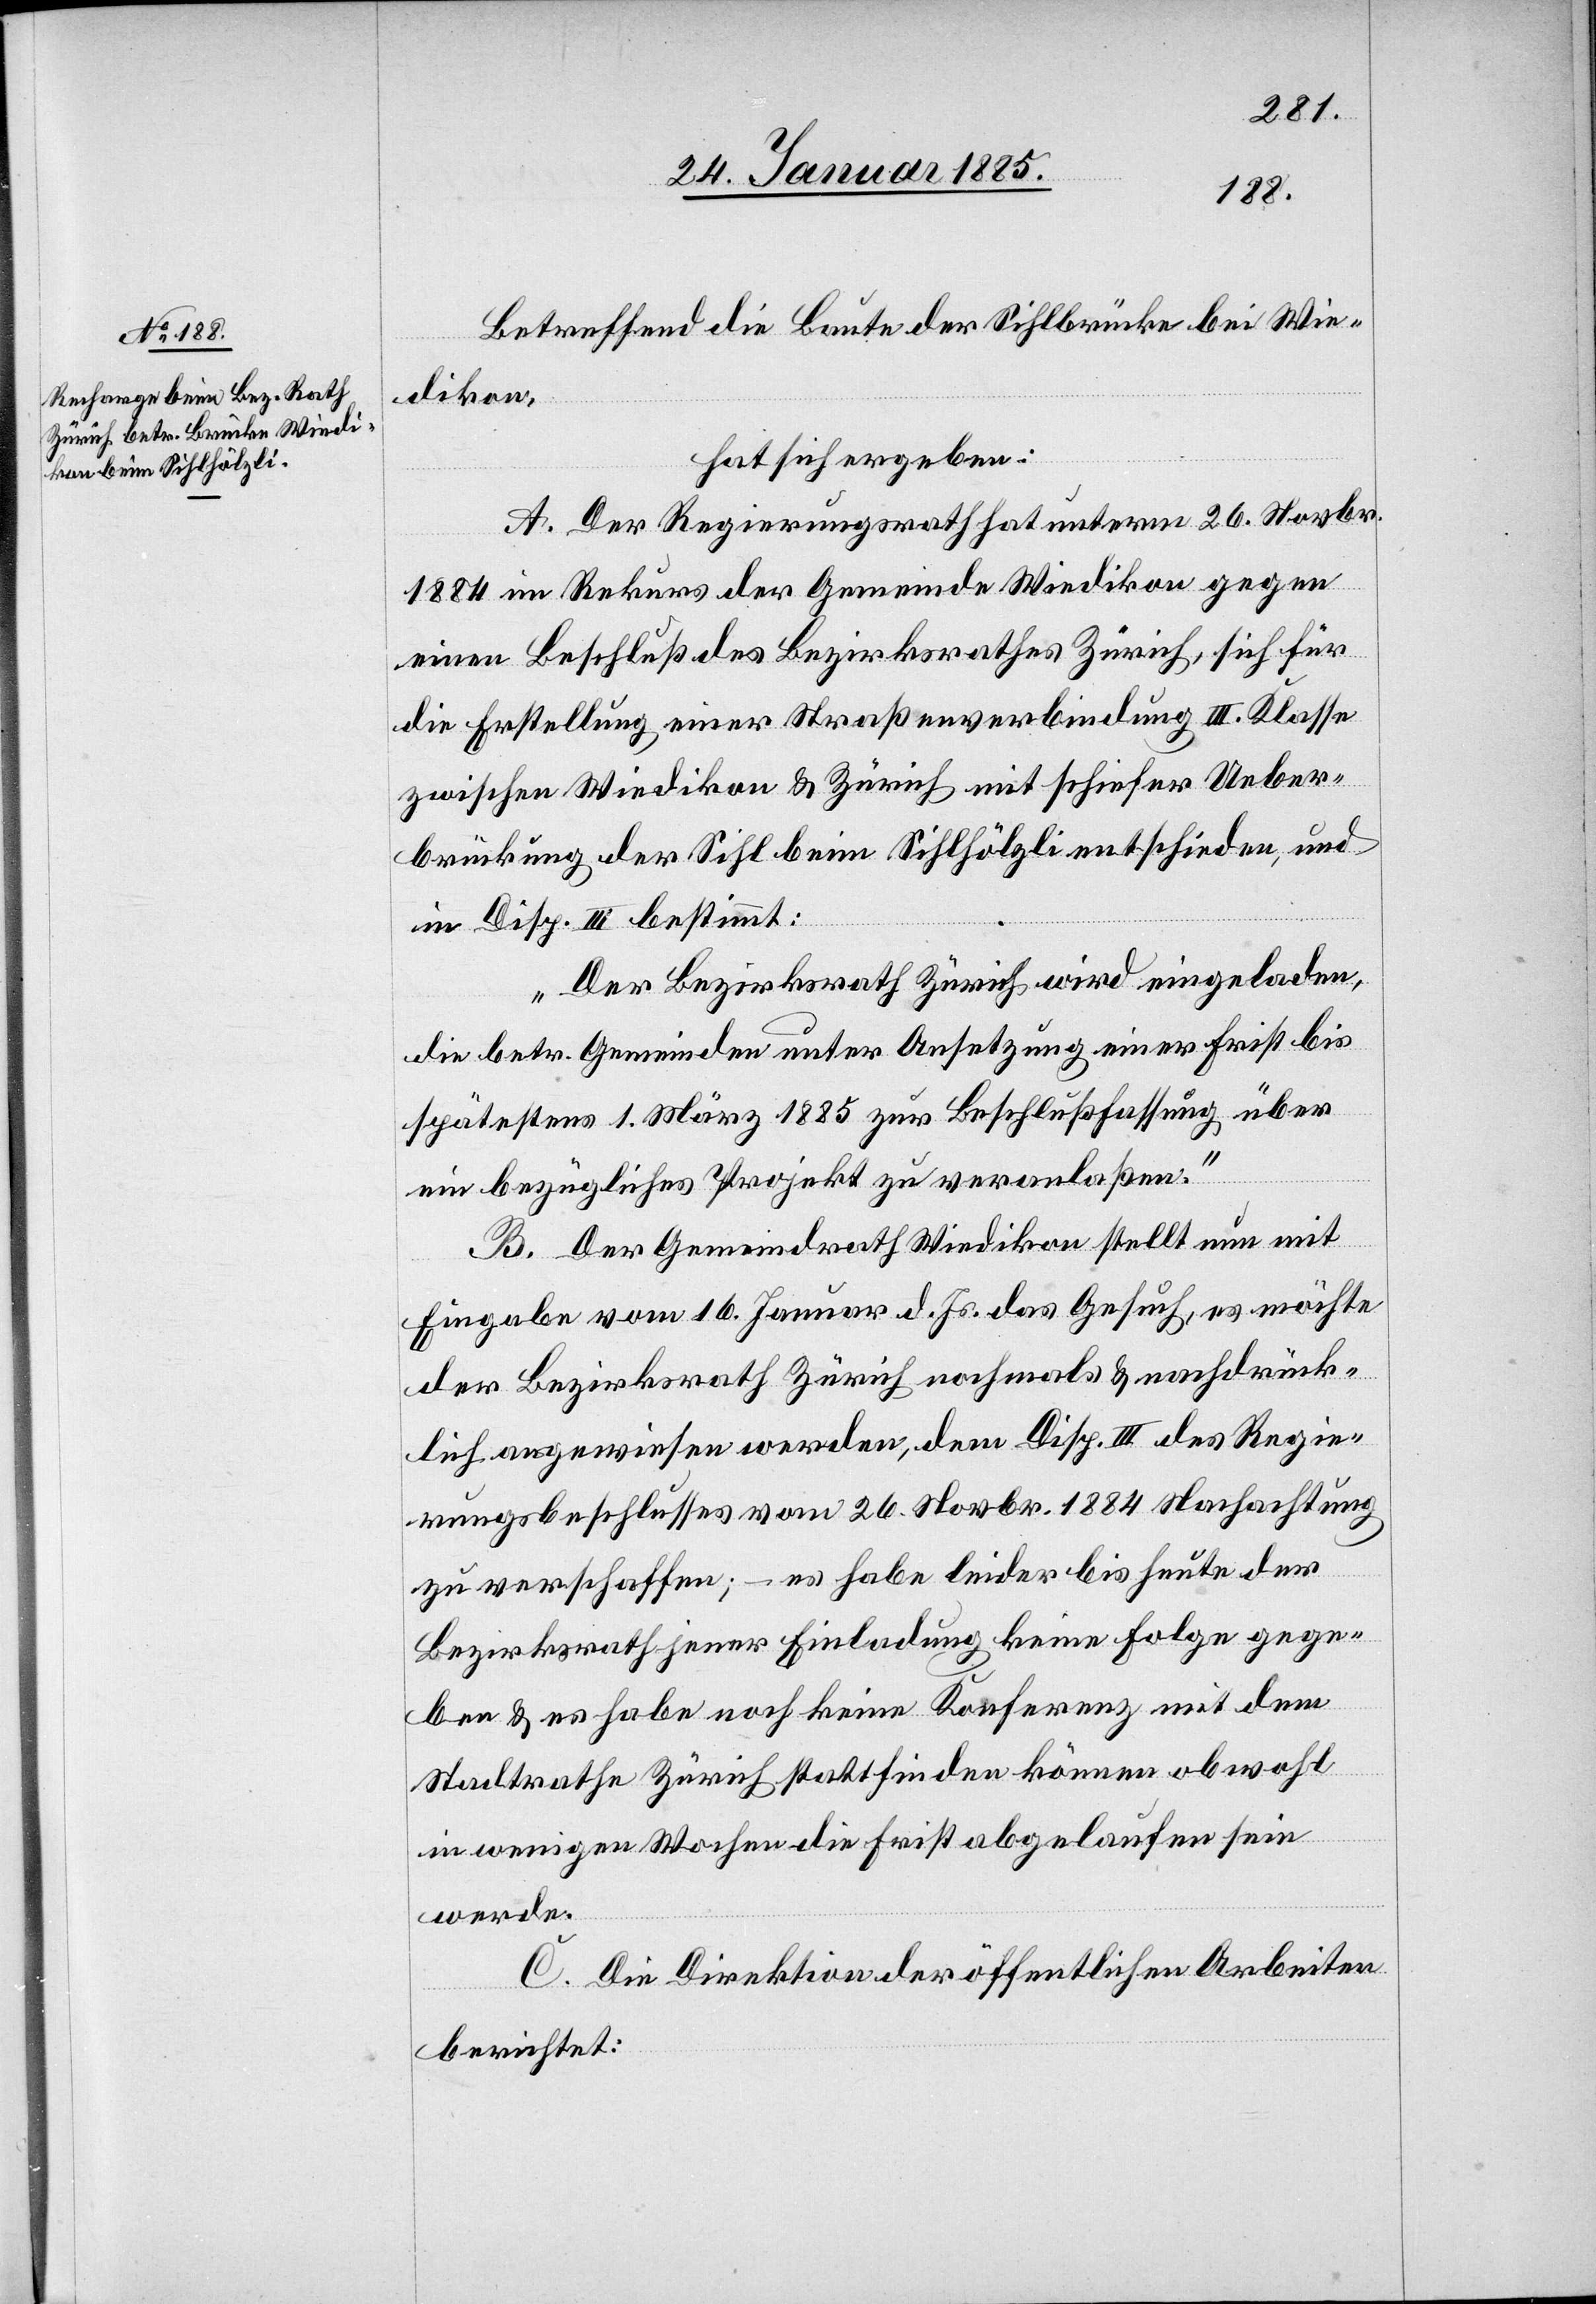
Betreffend die Baute der Sihlbrücke bei Wie¬
dikon,
hat sich ergeben:
A. Der Regierungsrath hat unterm 26. Novbr.
1884 im Rekurs der Gemeinde Wiedikon gegen
einen Beschluß des Bezirksrathes Zürich, sich für
die Erstellung einer Straßenverbindung III. Klasse
zwischen Wiedikon & Zürich mit schiefer Ueber¬
brückung der Sihl beim Sihlhölzli entschieden, und
in Disp. III bestimmt:
„Der Bezirksrath Zürich wird eingeladen,
die betr. Gemeinden unter Ansetzung einer Frist bis
spätestens 1. März 1885 zur Beschlußfassung über
ein bezügliches Projekt zu veranlaßen.“
B. Der Gemeindrath Wiedikon stellt nun mit
Eingabe vom 16. Januar d. Js. das Gesuch, es möchte
der Bezirksrath Zürich nochmals & nachdrück¬
lich angewiesen werden, dem Disp. III des Regie¬
rungsbeschlusses vom 26. Novbr. 1884 Nachachtung
zu verschaffen; – es habe leider bis heute der
Bezirksrath jener Einladung keine Folge gege¬
ben & es habe noch keine Konferenz mit dem
Stadtrathe Zürich stattfinden können obwohl
in wenigen Wochen die Frist abgelaufen sein
werde.
C. Die Direktion der öffentlichen Arbeiten
berichtet: